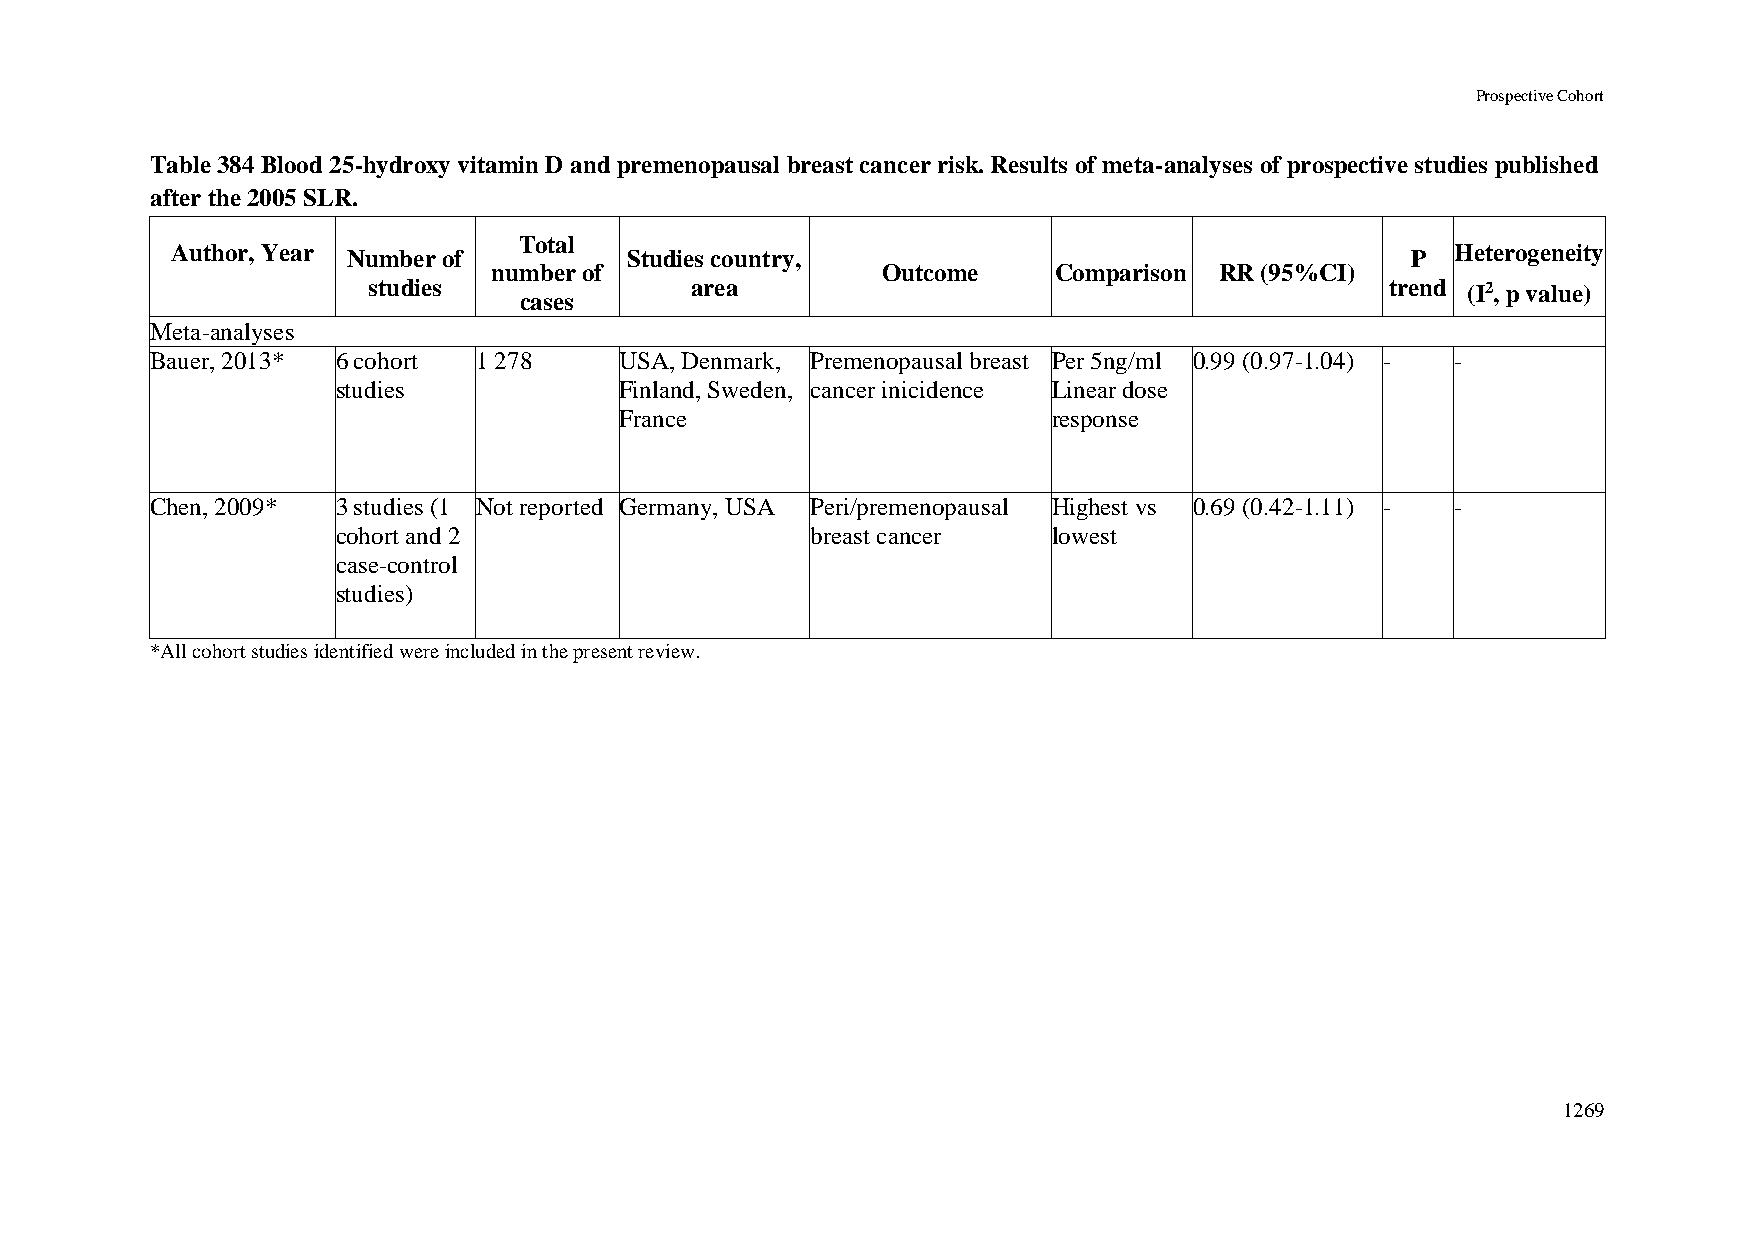
Prospective Cohort
 Table 384 Blood 25-hydroxy vitamin D and premenopausal breast cancer risk. Results of meta-analyses of prospective studies published
 after the 2005 SLR.
 Total
 Author, Year Number of         Studies country,                                   P  Heterogeneity
 number of                Outcome     Comparison RR (95%CI)
 studies               area                                          trend (I2, p value)
 cases
 Meta-analyses
 Bauer, 2013* 6 cohort 1 278    USA, Denmark, Premenopausal breast Per 5ng/ml 0.99 (0.97-1.04) - -
 studies            Finland, Sweden, cancer inicidence Linear dose
 France                       response
 Chen, 2009* 3 studies (1 Not reported Germany, USA Peri/premenopausal Highest vs 0.69 (0.42-1.11) - -
 cohort and 2                    breast cancer   lowest
 case-control
 studies)
 *All cohort studies identified were included in the present review.
 1269